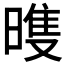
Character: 𣉲